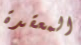
المعقدة